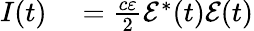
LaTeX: \begin{array}{rl}{I(t)}&{{}=\frac{c\varepsilon}{2}\mathcal{E}^{*}(t)\mathcal{E}(t)}\end{array}